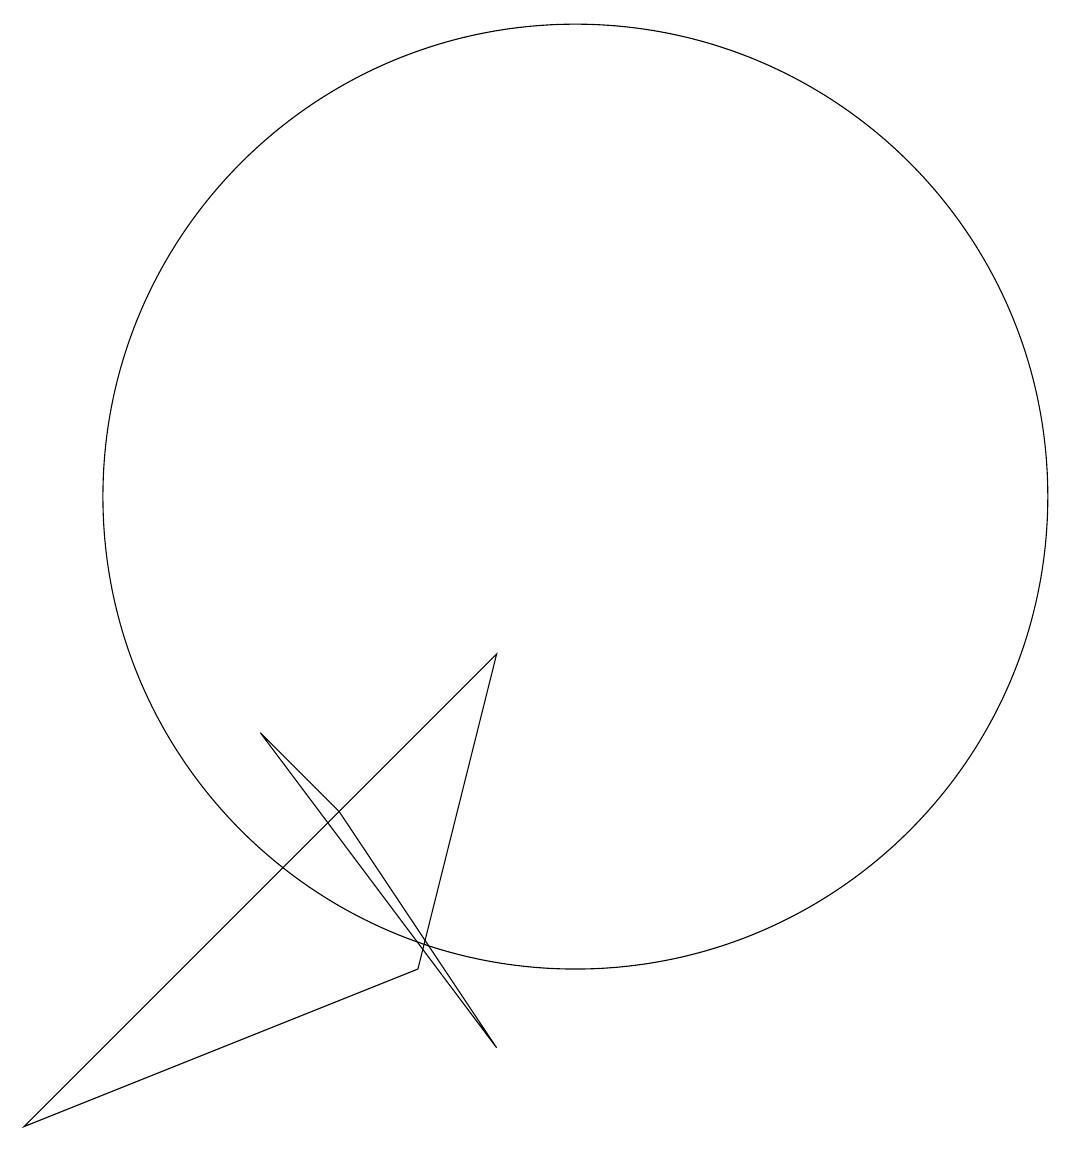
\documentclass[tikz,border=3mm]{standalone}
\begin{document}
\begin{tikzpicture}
\draw (9,9) -- (8,5) -- (3,3) -- cycle;
\draw (10,11) circle (6);
\draw (9,4) -- (6,8) -- (7,7) -- cycle;
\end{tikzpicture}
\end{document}